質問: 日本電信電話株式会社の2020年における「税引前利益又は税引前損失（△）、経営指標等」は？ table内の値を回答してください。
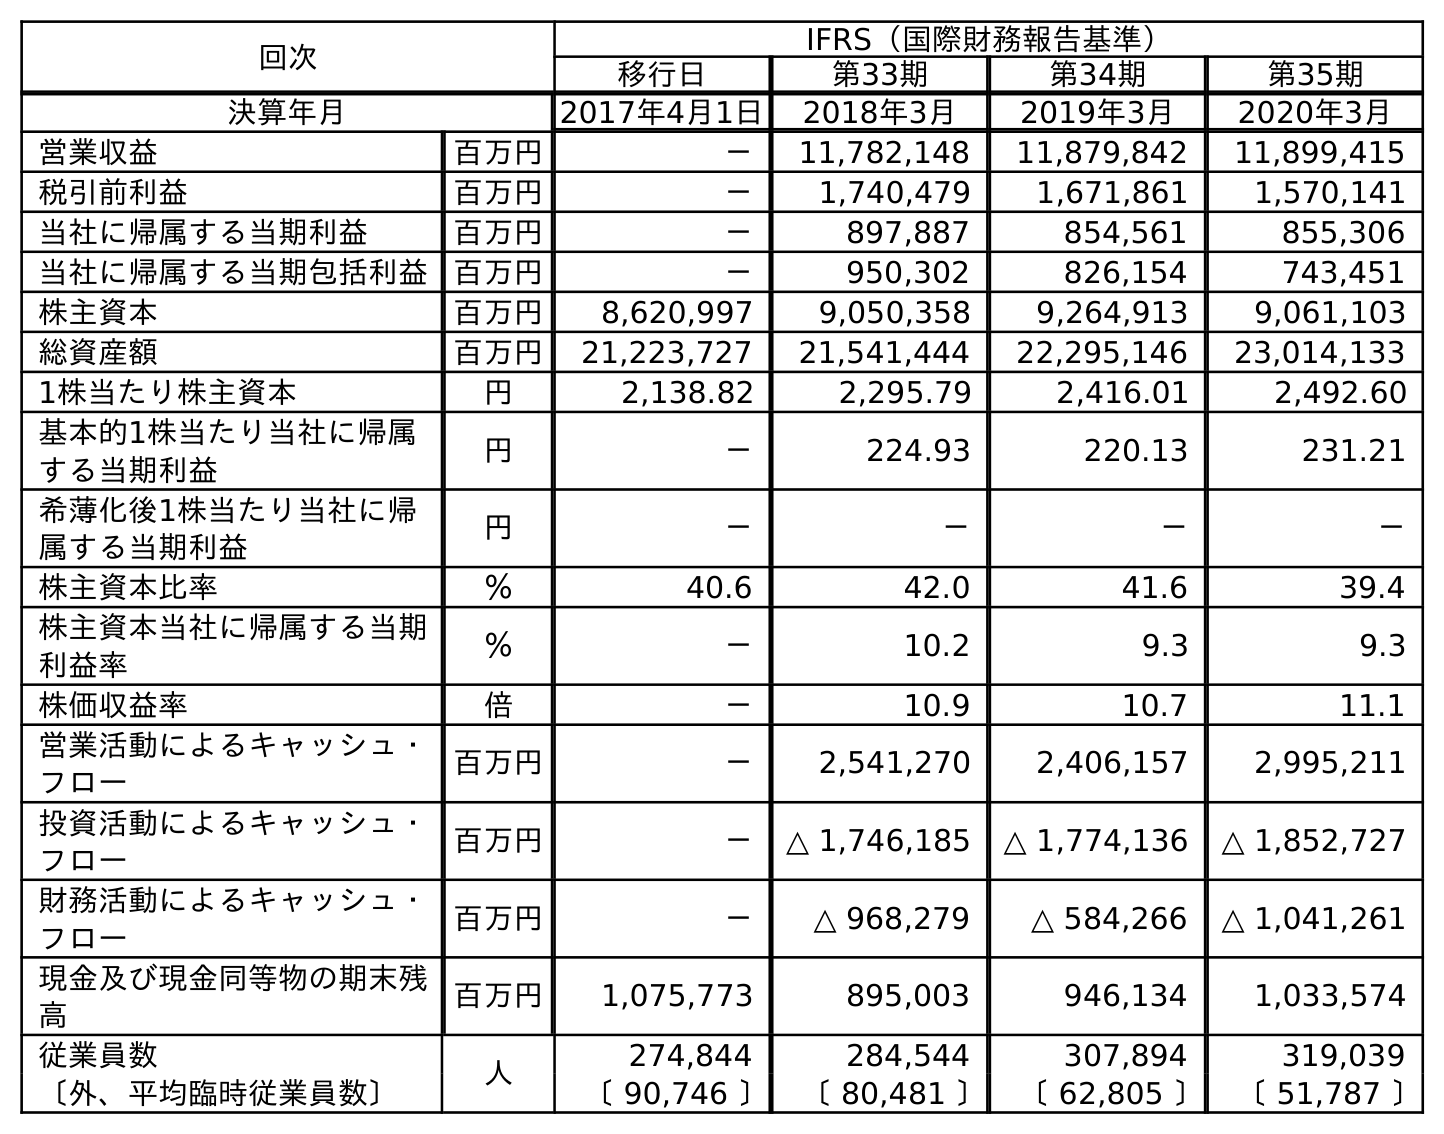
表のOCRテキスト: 回次 IFRS（国際財務報告基準） 移行日 第33期 第34期 第35期 決算年月 2017年4月1日 2018年3月 2019年3月 2020年3月 営業収益 百万円 － 11,782,148 11,879,842 11,899,415 税引前利益 百万円 － 1,740,479 1,671,861 1,570,141 当社に帰属する当期利益 百万円 － 897,887 854,561 855,306 当社に帰属する当期包括利益 百万円 － 950,302 826,154 743,451 株主資本 百万円 8,620,997 9,050,358 9,264,913 9,061,103 総資産額 百万円 21,223,727 21,541,444 22,295,146 23,014,133 1株当たり株主資本 円 2,138.82 2,295.79 2,416.01 2,492.60 基本的1株当たり当社に帰属 する当期利益 円 － 224.93 220.13 231.21 希薄化後1株当たり当社に帰 属する当期利益 円 － － － － 株主資本比率 ％ 40.6 42.0 41.6 39.4 株主資本当社に帰属する当期 利益率 ％ － 10.2 9.3 9.3 株価収益率 倍 － 10.9 10.7 11.1 営業活動によるキャッシュ・ フロー 百万円 － 2,541,270 2,406,157 2,995,211 投資活動によるキャッシュ・ フロー 百万円 － △ 1,746,185 △ 1,774,136 △ 1,852,727 財務活動によるキャッシュ・ フロー 百万円 － △ 968,279 △ 584,266 △ 1,041,261 現金及び現金同等物の期末残 高 百万円 1,075,773 895,003 946,134 1,033,574 従業員数 人 274,844 284,544 307,894 319,039 〔外、平均臨時従業員数〕 〔 90,746 〕 〔 80,481 〕 〔 62,805 〕 〔 51,787 〕
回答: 1,570,141